Annual report of the Punjab Veterinary College and of the Civil Veterinary Department, Punjab - 1920-1925
Year: 1920
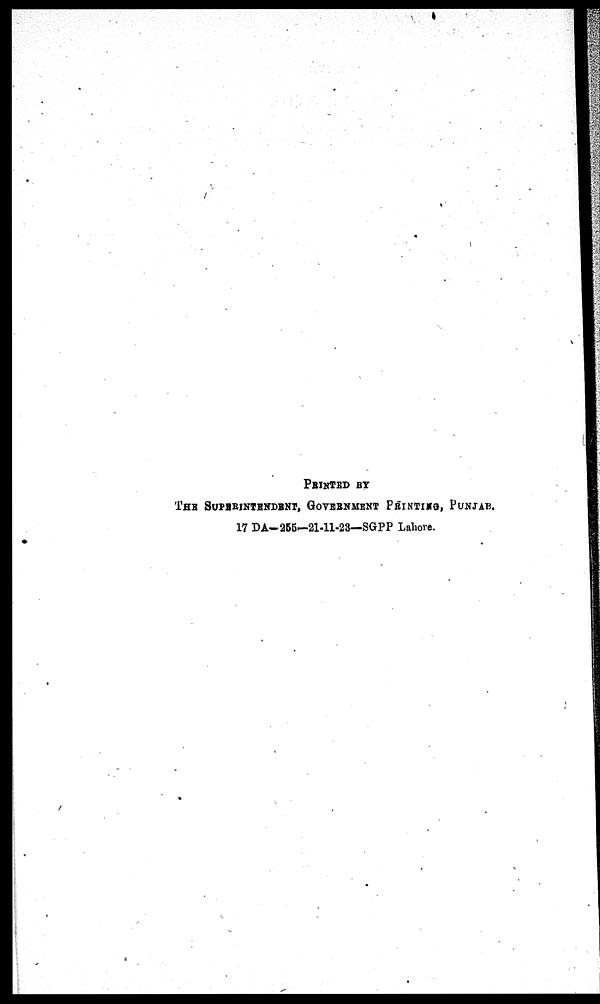
PRINTED BY
THE SUPERINTENDENT, GOVERNMENT PRINTING, PUNJAB.
17 DA-265-21-11-23—SGPP Lahore.